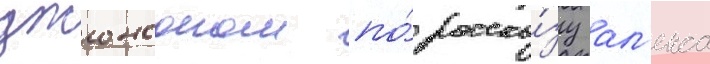
джонсоном по́ расска́зу ал'екса